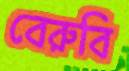
বেরুবি